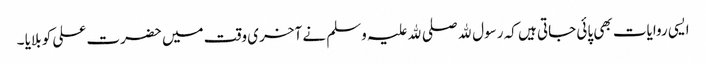
ایسی روایات بھی پائی جاتی ہیں کہ رسول ﷲ صلی ﷲ علیہ وسلم نے آخری وقت میں حضرت علی کو بلایا ۔